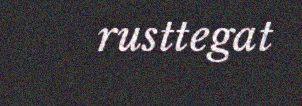
rusttegat